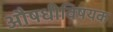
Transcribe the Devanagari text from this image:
औषधीविषयक